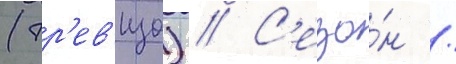
(тр'ев'изо) // С'езо́н /